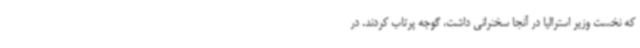
که نخست وزیر استرالیا در آنجا سخنرانی داشت، گوجه پرتاب کردند. در